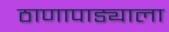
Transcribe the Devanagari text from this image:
ठाणापाड्याला